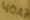
Text: 40A7